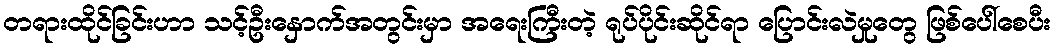
တရားထိုင်ခြင်းဟာ သင့်ဦးနှောက်အတွင်းမှာ အရေးကြီးတဲ့ ရုပ်ပိုင်းဆိုင်ရာ ပြောင်းလဲမှုတွေ ဖြစ်ပေါ်စေပီး